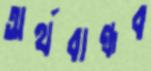
অর্থবান্ধব